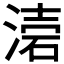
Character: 𭱥